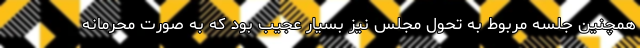
همچنین جلسه مربوط به تحول مجلس نیز بسیار عجیب بود که به صورت محرمانه